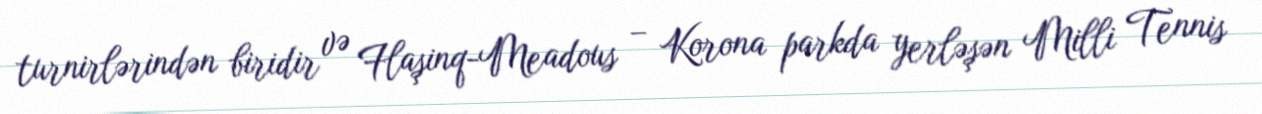
turnirlərindən biridir və Flaşinq-Meadous – Korona parkda yerləşən Milli Tennis